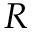
R